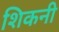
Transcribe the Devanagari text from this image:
शिकनी